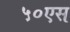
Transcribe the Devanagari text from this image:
५०एस